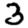
Digit: 3